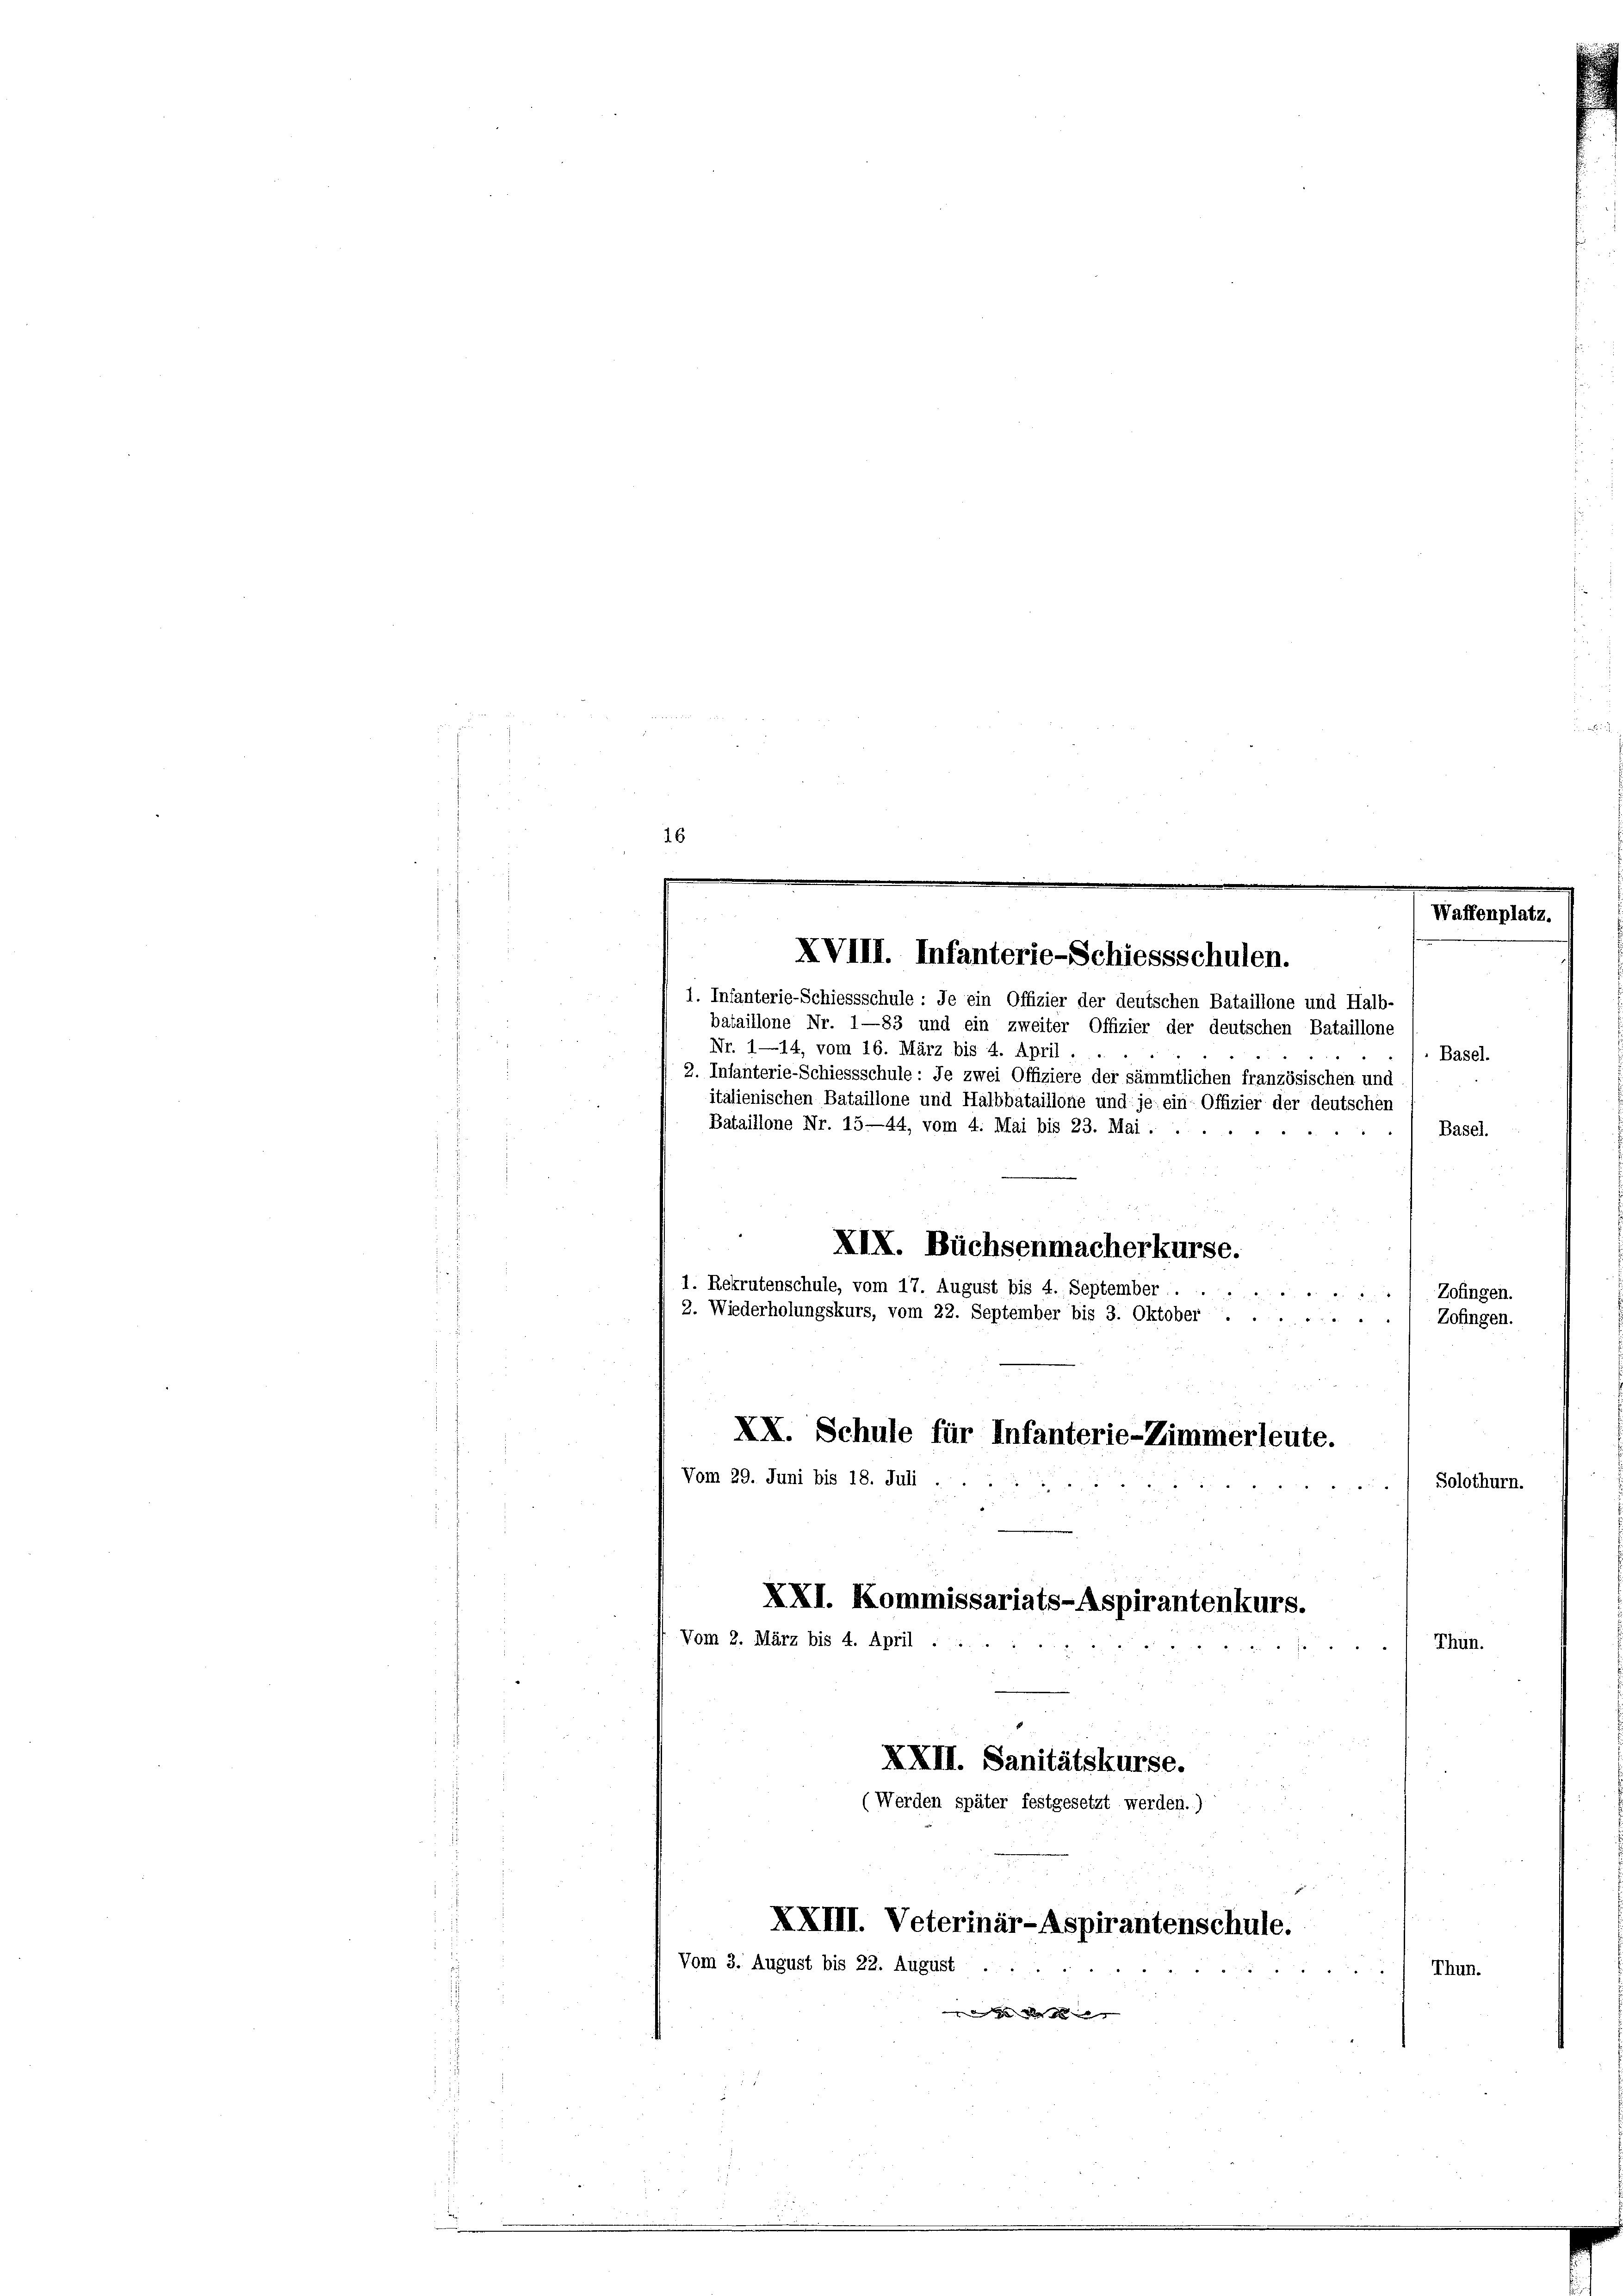
16

bataillone Nr. 1—83 und ein zweiter Offizier der deutschen Bataillone
Nr. 1—14, vom 16. März bis 4. April.
Basel.
2. Infanterie-Schiessschule: Je zwei Offiziere der sämmtlichen französischen und
Bataillone Nr. 15—44, vom 4. Mai bis 23. Mai . .
Basel.
a
XIX. Büchsenmacherkurse.
1. Rekrutenschule, vom 17. August bis 4. September
Zofingen.
2. Wiederholungskurs, vom 22. September bis 3. Oktober.

Zofingen.
XX. Schule für Infanterie-Zimmerleute.
Vom 29. Juni bis 18. Juli.
Solothurn.

XXI. Kommissariats-Aspirantenkurs.
Vom 2. März bis 4. April
Thun.
XXII. Sanitätskurse.
(Werden später festgesetzt werden.)

XXIII. Veterinär-Aspirantenschule.
Vom 3. August bis 22. August

XVIII. Infanterie-Schiessschulen.

1. Infanterie-Schiessschule: Je ein Offizier der deutschen Bataillone und Halb-

italienischen Bataillone und Halbbataillone und je ein-Offizier der deutschen

Thun.